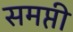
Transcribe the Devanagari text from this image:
समप्ती